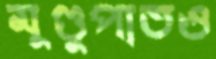
মুণ্ডুপাতও